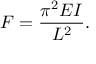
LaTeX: F = { \frac { \pi ^ { 2 } E I } { L ^ { 2 } } } .